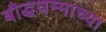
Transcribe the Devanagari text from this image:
बौद्धधम्माच्या